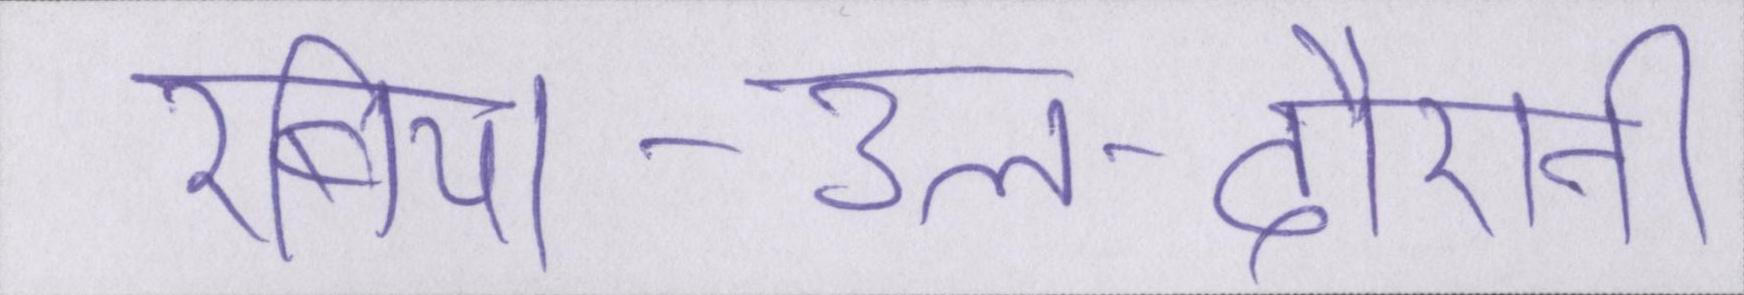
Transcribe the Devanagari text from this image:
रबिया-उल-दौरानी